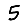
Digit: 5